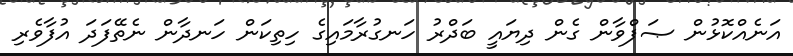
އަނެއްކޮޅުން ޞަފްވާން ގެން ދިޔައީ ބަދްރު ހަނގުރާމައިގެ ހިތިކަން ހަނދާން ނެތޭފަދަ އުފާވެރި